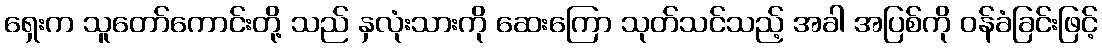
ရှေးက သူတော်ကောင်းတို့ သည် နှလုံးသားကို ဆေးကြော သုတ်သင်သည့် အခါ အပြစ်ကို ဝန်ခံခြင်းဖြင့်